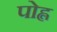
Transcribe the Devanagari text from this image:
पोह्ल